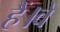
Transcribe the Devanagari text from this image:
हैं।वें